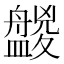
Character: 𥃑